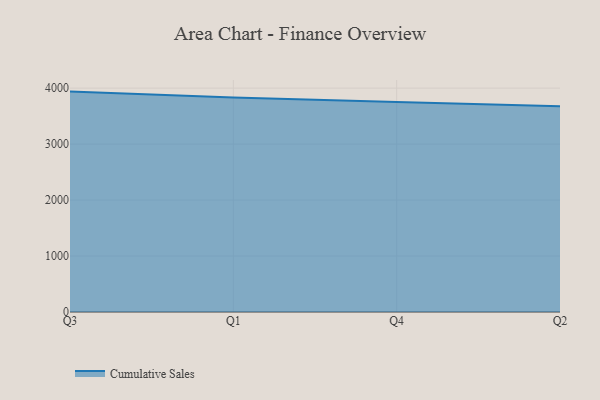
{"axis": {"x": "Quarter", "y": "Headcount"}, "legend": ["Cumulative Sales"], "data": [{"x": "Q3", "y": 3937.9, "type": "Cumulative Sales"}, {"x": "Q1", "y": 3832.6, "type": "Cumulative Sales"}, {"x": "Q4", "y": 3749.9, "type": "Cumulative Sales"}, {"x": "Q2", "y": 3674.1, "type": "Cumulative Sales"}]}